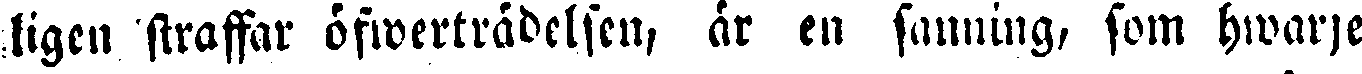
ligen straffar öfwerträdelsen, är tn sanning, som hwarje